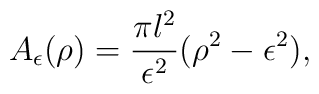
A_\epsilon(\rho) = {\pi l^2\over\epsilon^2} (\rho^2 - \epsilon^2),